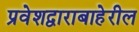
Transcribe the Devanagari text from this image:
प्रवेशद्वाराबाहेरील